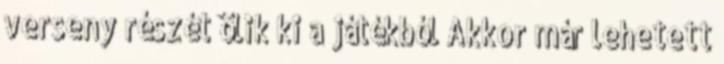
verseny részét ölik ki a játékból Akkor már lehetett